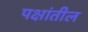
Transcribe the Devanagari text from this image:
पक्षांतील